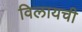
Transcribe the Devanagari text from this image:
विलायची